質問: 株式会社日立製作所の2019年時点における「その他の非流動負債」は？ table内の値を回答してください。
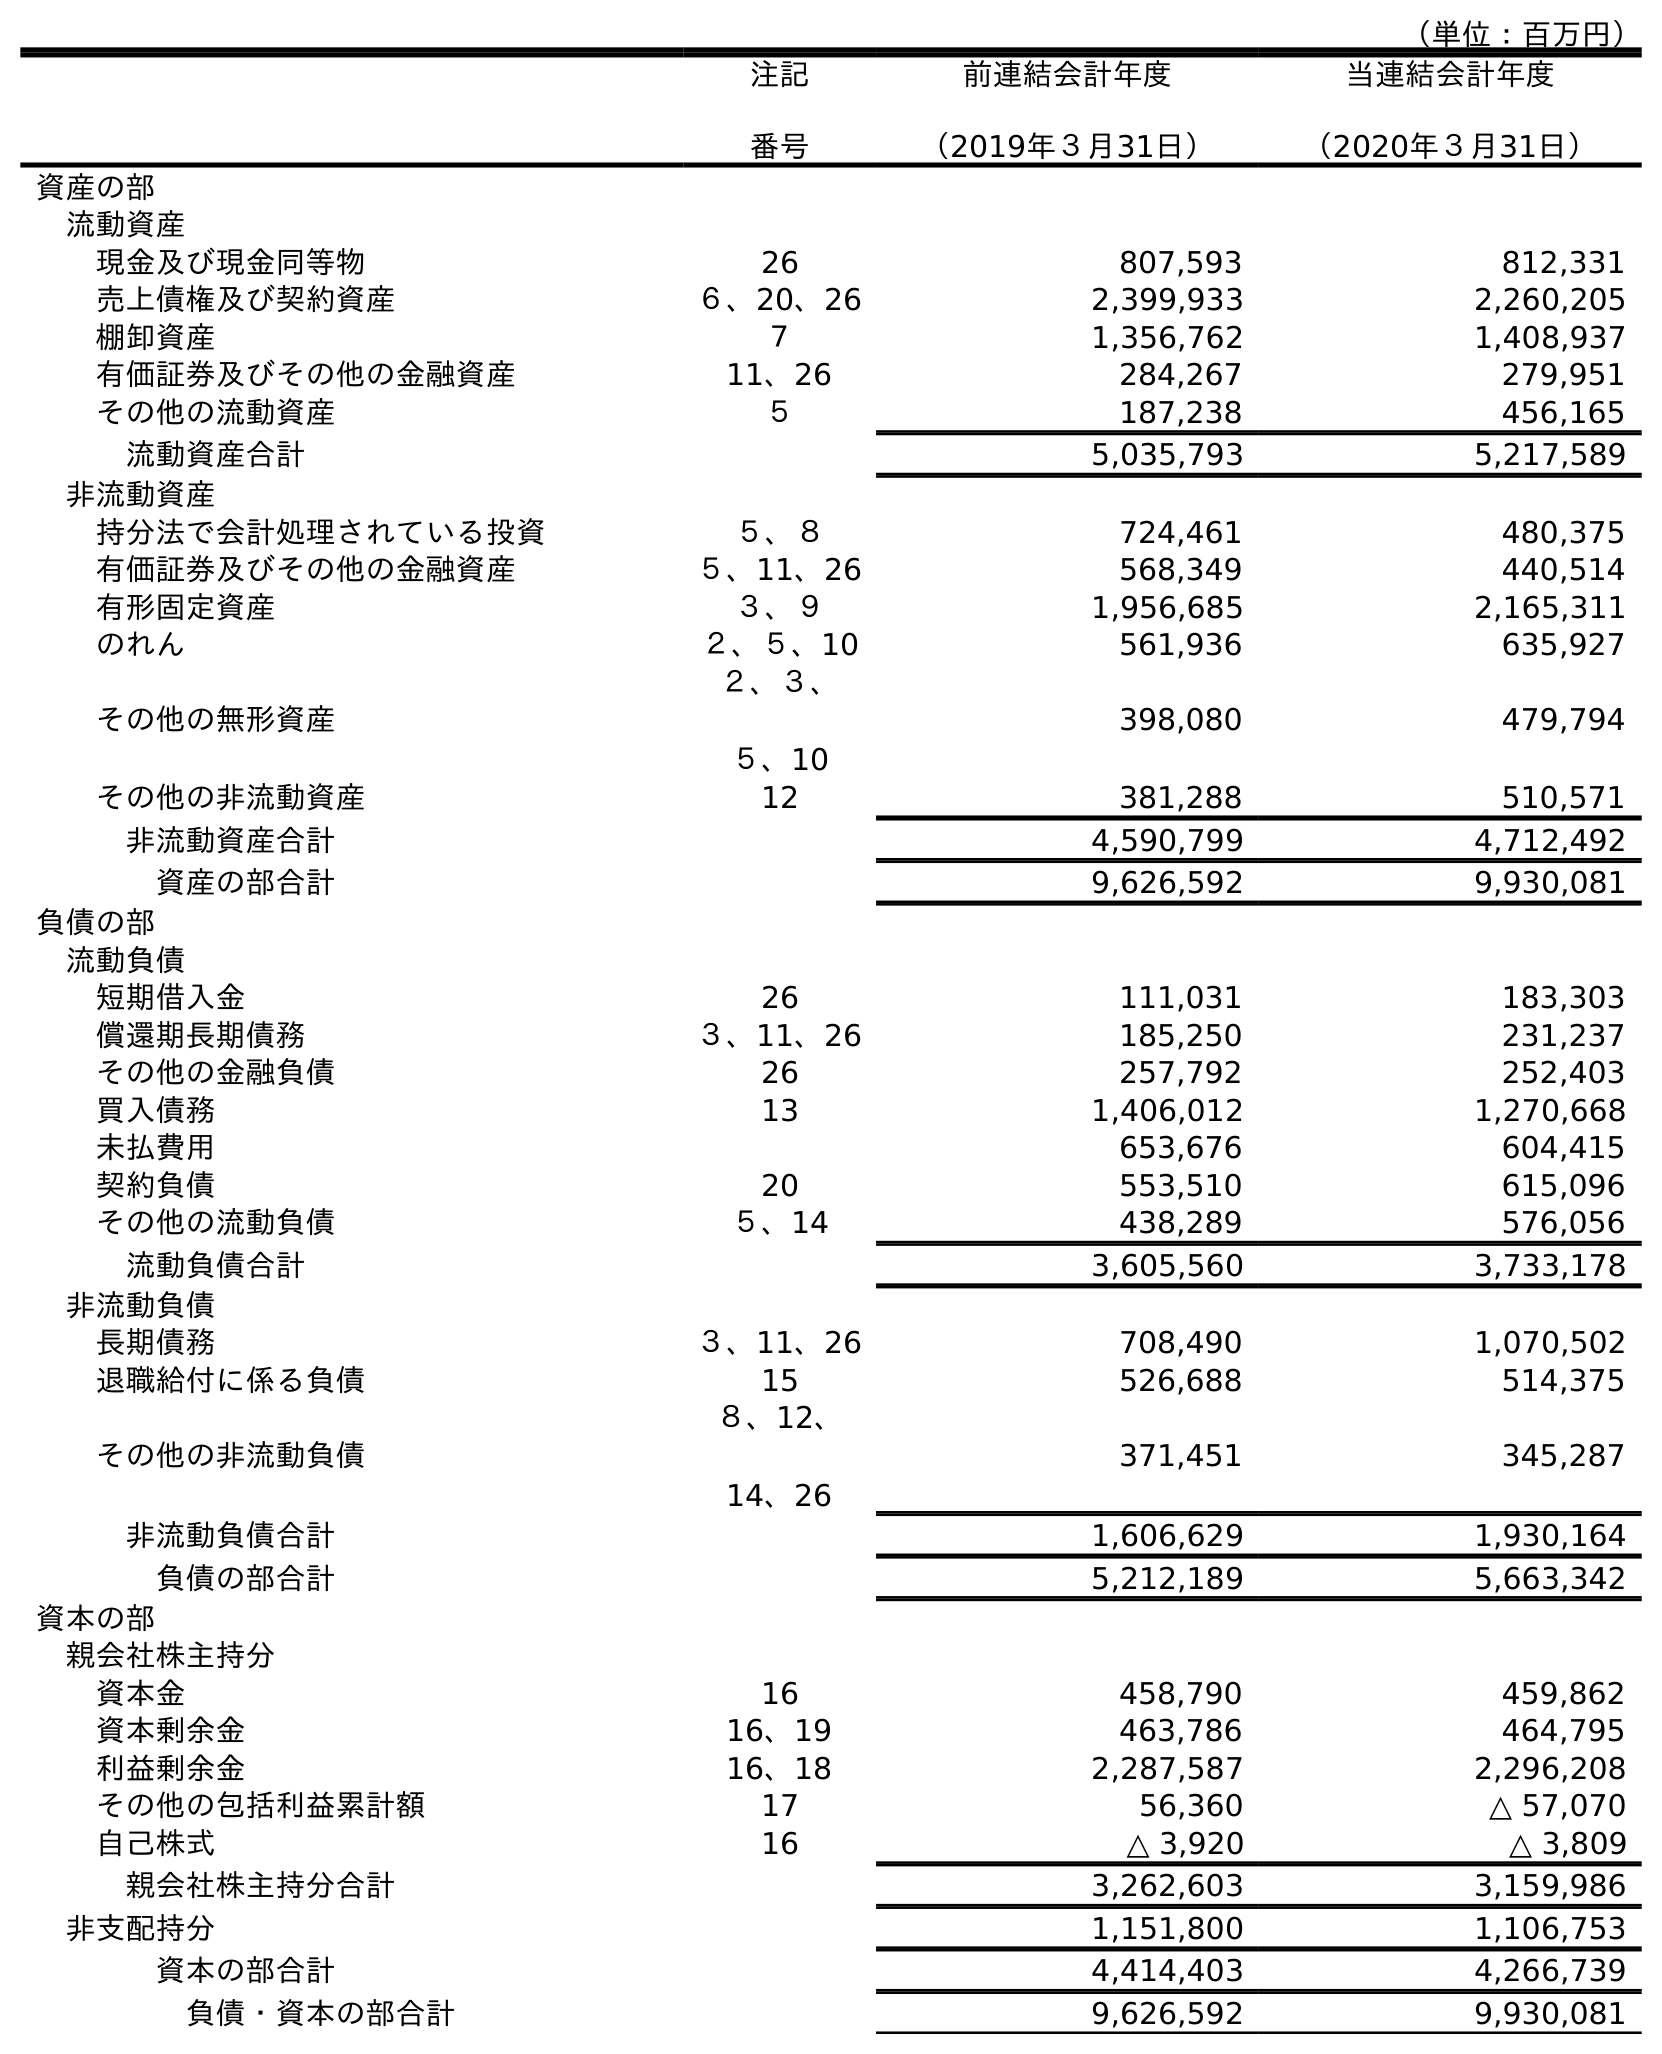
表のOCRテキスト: （単位：百万円） 注記 番号 前連結会計年度 （2019年３月31日） 当連結会計年度 （2020年３月31日） 資産の部 流動資産 現金及び現金同等物 26 807,593 812,331 売上債権及び契約資産 ６、20、26 2,399,933 2,260,205 棚卸資産 ７ 1,356,762 1,408,937 有価証券及びその他の金融資産 11、26 284,267 279,951 その他の流動資産 ５ 187,238 456,165 流動資産合計 5,035,793 5,217,589 非流動資産 持分法で会計処理されている投資 ５、８ 724,461 480,375 有価証券及びその他の金融資産 ５、11、26 568,349 440,514 有形固定資産 ３、９ 1,956,685 2,165,311 のれん ２、５、10 561,936 635,927 その他の無形資産 ２、３、 ５、10 398,080 479,794 その他の非流動資産 12 381,288 510,571 非流動資産合計 4,590,799 4,712,492 資産の部合計 9,626,592 9,930,081 負債の部 流動負債 短期借入金 26 111,031 183,303 償還期長期債務 ３、11、26 185,250 231,237 その他の金融負債 26 257,792 252,403 買入債務 13 1,406,012 1,270,668 未払費用 653,676 604,415 契約負債 20 553,510 615,096 その他の流動負債 ５、14 438,289 576,056 流動負債合計 3,605,560 3,733,178 非流動負債 長期債務 ３、11、26 708,490 1,070,502 退職給付に係る負債 15 526,688 514,375 その他の非流動負債 ８、12、 14、26 371,451 345,287 非流動負債合計 1,606,629 1,930,164 負債の部合計 5,212,189 5,663,342 資本の部 親会社株主持分 資本金 16 458,790 459,862 資本剰余金 16、19 463,786 464,795 利益剰余金 16、18 2,287,587 2,296,208 その他の包括利益累計額 17 56,360 △ 57,070 自己株式 16 △ 3,920 △ 3,809 親会社株主持分合計 3,262,603 3,159,986 非支配持分 1,151,800 1,106,753 資本の部合計 4,414,403 4,266,739 負債・資本の部合計 9,626,592 9,930,081
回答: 371,451